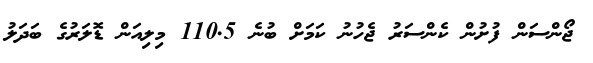
ޖޯންސަން ފުށުން ކެންސަރު ޖެހުނު ކަމަށް ބުނެ 110.5 މިލިއަން ޑޮލަރުގެ ބަދަލު